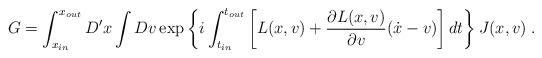
LaTeX: \begin{align*}G =\int_{x_{in}}^{x_{out}}D'x\int Dv\exp\left\{i\int_{t_{in}}^{t_{out}}\left[L(x,v)+\frac{\partial L(x,v)}{\partial v}(\dot{x}-v)\right]dt\right\}J(x,v) \; .\end{align*}